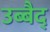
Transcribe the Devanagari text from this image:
उब्बैद्